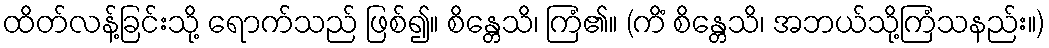
ထိတ်လန့်ခြင်းသို့ ရောက်သည် ဖြစ်၍။ စိန္တေသိ၊ ကြံ၏။ (ကိံ စိန္တေသိ၊ အဘယ်သို့ကြံသနည်း။)